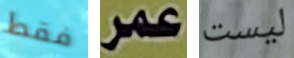
فقط عمر ليست